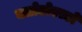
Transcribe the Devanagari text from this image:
क्लोडोएल्डो